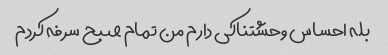
بله احساس وحشتناکی دارم من تمام صبح سرفه کردم